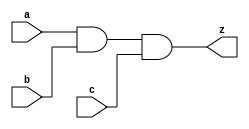
module and3_1 (
   z,
   a, b, c
   );
  parameter DELAY = 1;
  input a,b,c;
  output z;
  assign #DELAY z= a & b & c;
endmodule